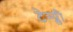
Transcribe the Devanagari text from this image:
टेम्प्ली